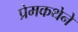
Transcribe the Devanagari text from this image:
प्रेमकथेने